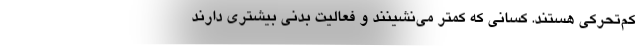
کم‌تحرکی هستند. کسانی که کمتر می‌نشینند و فعالیت بدنی بیشتری دارند